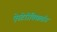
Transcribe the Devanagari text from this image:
ऐस्टेरोक्सिलॉन